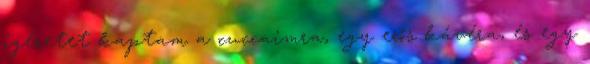
ígéretet kaptam a cuccaimra, egy erős kávéra, és egy